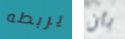
يربطه بأن